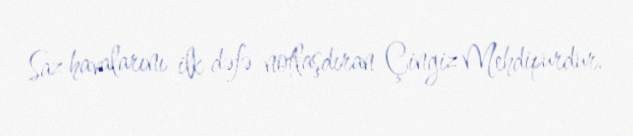
Saz havalarını ilk dəfə notlaşdıran Çingiz Mehdipurdur.